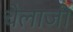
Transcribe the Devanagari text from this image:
चेलाजी